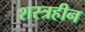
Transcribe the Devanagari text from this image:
शस्त्रहीन